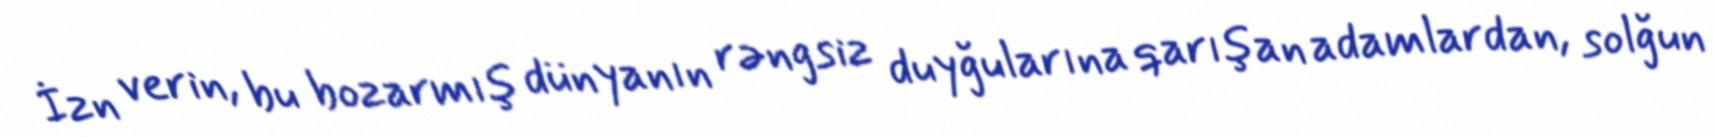
İzn verin, bu bozarmış dünyanın rəngsiz duyğularına qarışan adamlardan, solğun